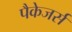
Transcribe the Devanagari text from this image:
पैकेजर्स